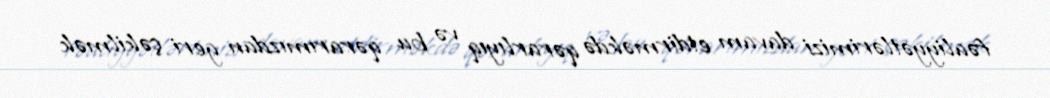
fəaliyyətlərimizi davam etdirməkdə qərarlıyıq və bu qərarımızdan geri çəkilmək